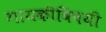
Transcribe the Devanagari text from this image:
गायकीविषयी